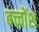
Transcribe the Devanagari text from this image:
बच्चोंश